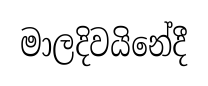
මාලදිවයිනේදී